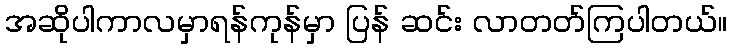
အဆိုပါကာလမှာရန်ကုန်မှာ ပြန် ဆင်း လာတတ်ကြပါတယ်။